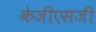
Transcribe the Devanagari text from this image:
केजीएसजी